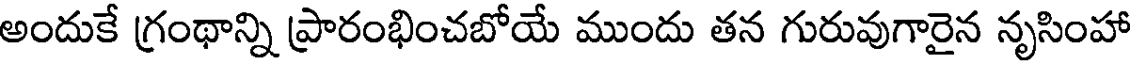
అందుకే గ్రంథాన్ని ప్రారంభించబోయే ముందు తన గురువుగారైన నృసింహా